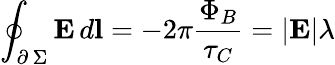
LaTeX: \oint_{\scriptstyle\partial\, \Sigma}\textbf{E}\, d\textbf{l}=-2\pi\frac{\Phi_{B}}{\tau_{C}}=|\textbf{E}|\lambda